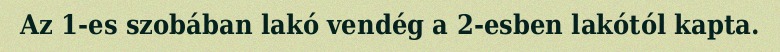
Az 1-es szobában lakó vendég a 2-esben lakótól kapta.